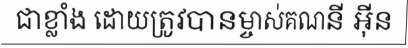
ជាខ្លាំង ដោយត្រូវបានម្ចាស់គណនី អ៊ីន